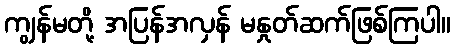
ကျွန်မတို့ အပြန်အလှန် မနှုတ်ဆက်ဖြစ်ကြပါ။